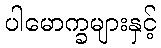
ပါမောက္ခများနှင့်